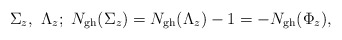
\begin{align*}\Sigma_z,\ \Lambda_z;\ N_{ {\rm gh}}(\Sigma_z) =N_{ {\rm gh}}(\Lambda_z)-1=-N_{ {\rm gh}}(\Phi_z) ,\end{align*}